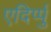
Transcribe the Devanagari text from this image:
एदिर्प्पु